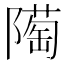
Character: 𨼞